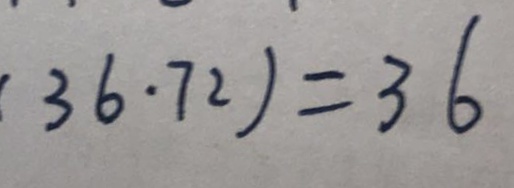
3 6 \cdot 7 2 ) = 3 6